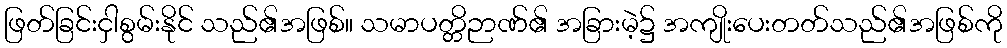
ဖြတ်ခြင်းငှါစွမ်းနိုင် သည်၏အဖြစ်။ သမာပတ္တိဉာဏ်၏ အခြားမဲ့၌ အကျိုးပေးတတ်သည်၏အဖြစ်ကို